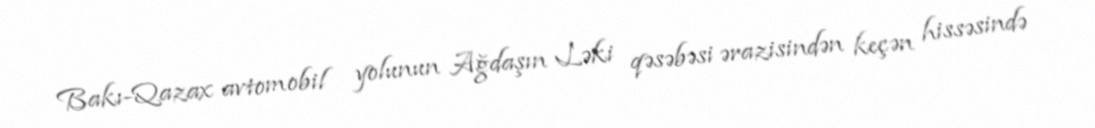
Bakı-Qazax avtomobil yolunun Ağdaşın Ləki qəsəbəsi ərazisindən keçən hissəsində